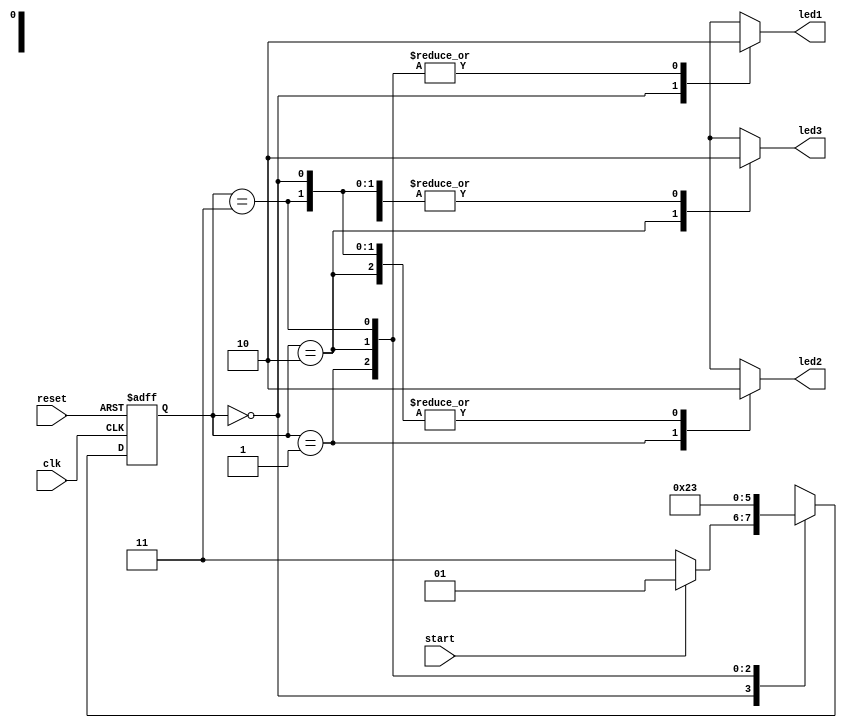
module fsm_module (
  input clk,
  input reset,
  input start,
  output reg led1,
  output reg led2,
  output reg led3
);

  parameter SEQUENCE1 = 2'b00;
  parameter SEQUENCE2 = 2'b01;
  parameter SEQUENCE3 = 2'b10;
  parameter DEADLOCK_STATE = 2'b11;

  reg [1:0] current_state;
  reg [1:0] next_state;

  always @(posedge clk or posedge reset) begin
    if (reset) begin
      current_state <= SEQUENCE1;
    end else begin
      current_state <= next_state;
    end
  end

  always @(current_state) begin
    case (current_state)
      SEQUENCE1:
        begin
          led1 = 1;
          led2 = 0;
          led3 = 0;
          if (start)
            next_state = SEQUENCE2;
          else
            next_state = DEADLOCK_STATE;
        end
      SEQUENCE2:
        begin
          led1 = 0;
          led2 = 1;
          led3 = 0;
          next_state = SEQUENCE3;
        end
      SEQUENCE3:
        begin
          led1 = 0;
          led2 = 0;
          led3 = 1;
          next_state = SEQUENCE1;
        end
      DEADLOCK_STATE:
        begin
          led1 = 0;
          led2 = 0;
          led3 = 0;
          next_state = DEADLOCK_STATE;
        end
      default:
        begin
          led1 = 1;
          led2 = 0;
          led3 = 0;
          next_state = SEQUENCE1;
        end
    endcase
  end
endmodule